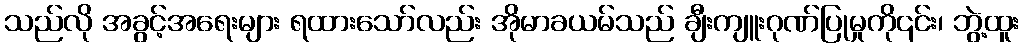
သည်လို အခွင့်အရေးများ ရထားသော်လည်း အိုမာခယမ်သည် ချီးကျူးဂုဏ်ပြုမှုကို၎င်း၊ ဘွဲ့ထူး